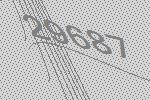
29687